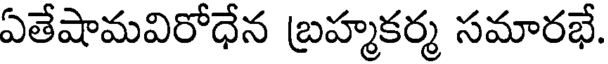
ఏతేషామవిరోధేన బ్రహ్మకర్మ సమారభే.